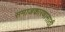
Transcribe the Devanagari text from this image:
समाजकारणासाठी